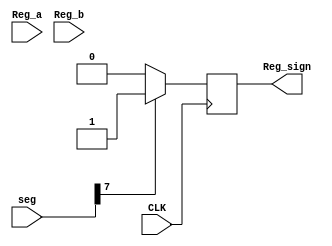
`timescale 1ns / 1ps
//////////////////////////////////////////////////////////////////////////////////
// Company: 
// Engineer: 
// 
// Design Name: 
// Module Name: Sign_Flag
// Project Name: 
// Target Devices: 
// Tool Versions: 
// Description: 
// 
// Dependencies: 
// 
// Revision:
// Revision 0.01 - File Created
// Additional Comments:
// 
//////////////////////////////////////////////////////////////////////////////////


module Sign_Flag(CLK,Reg_a,Reg_b,seg,Reg_sign);
input [7:0] Reg_a;
input [7:0] Reg_b;
input [7:0] seg;
input CLK;
output reg Reg_sign;
//reg [7:0] s;
always@(posedge CLK)
  if (seg[7]==0)
  Reg_sign=0;
  else Reg_sign=1;
endmodule